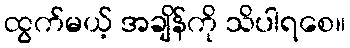
ထွက်မယ့် အချိန်ကို သိပါရစေ။